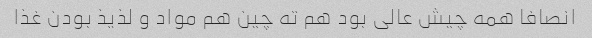
انصافا همه چیش عالی بود هم ته چین هم مواد و لذیذ بودن غذا